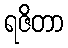
ရဇိတာ